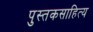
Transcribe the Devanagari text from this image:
पुस्तकसाहित्य